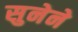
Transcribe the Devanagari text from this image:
सुनेने